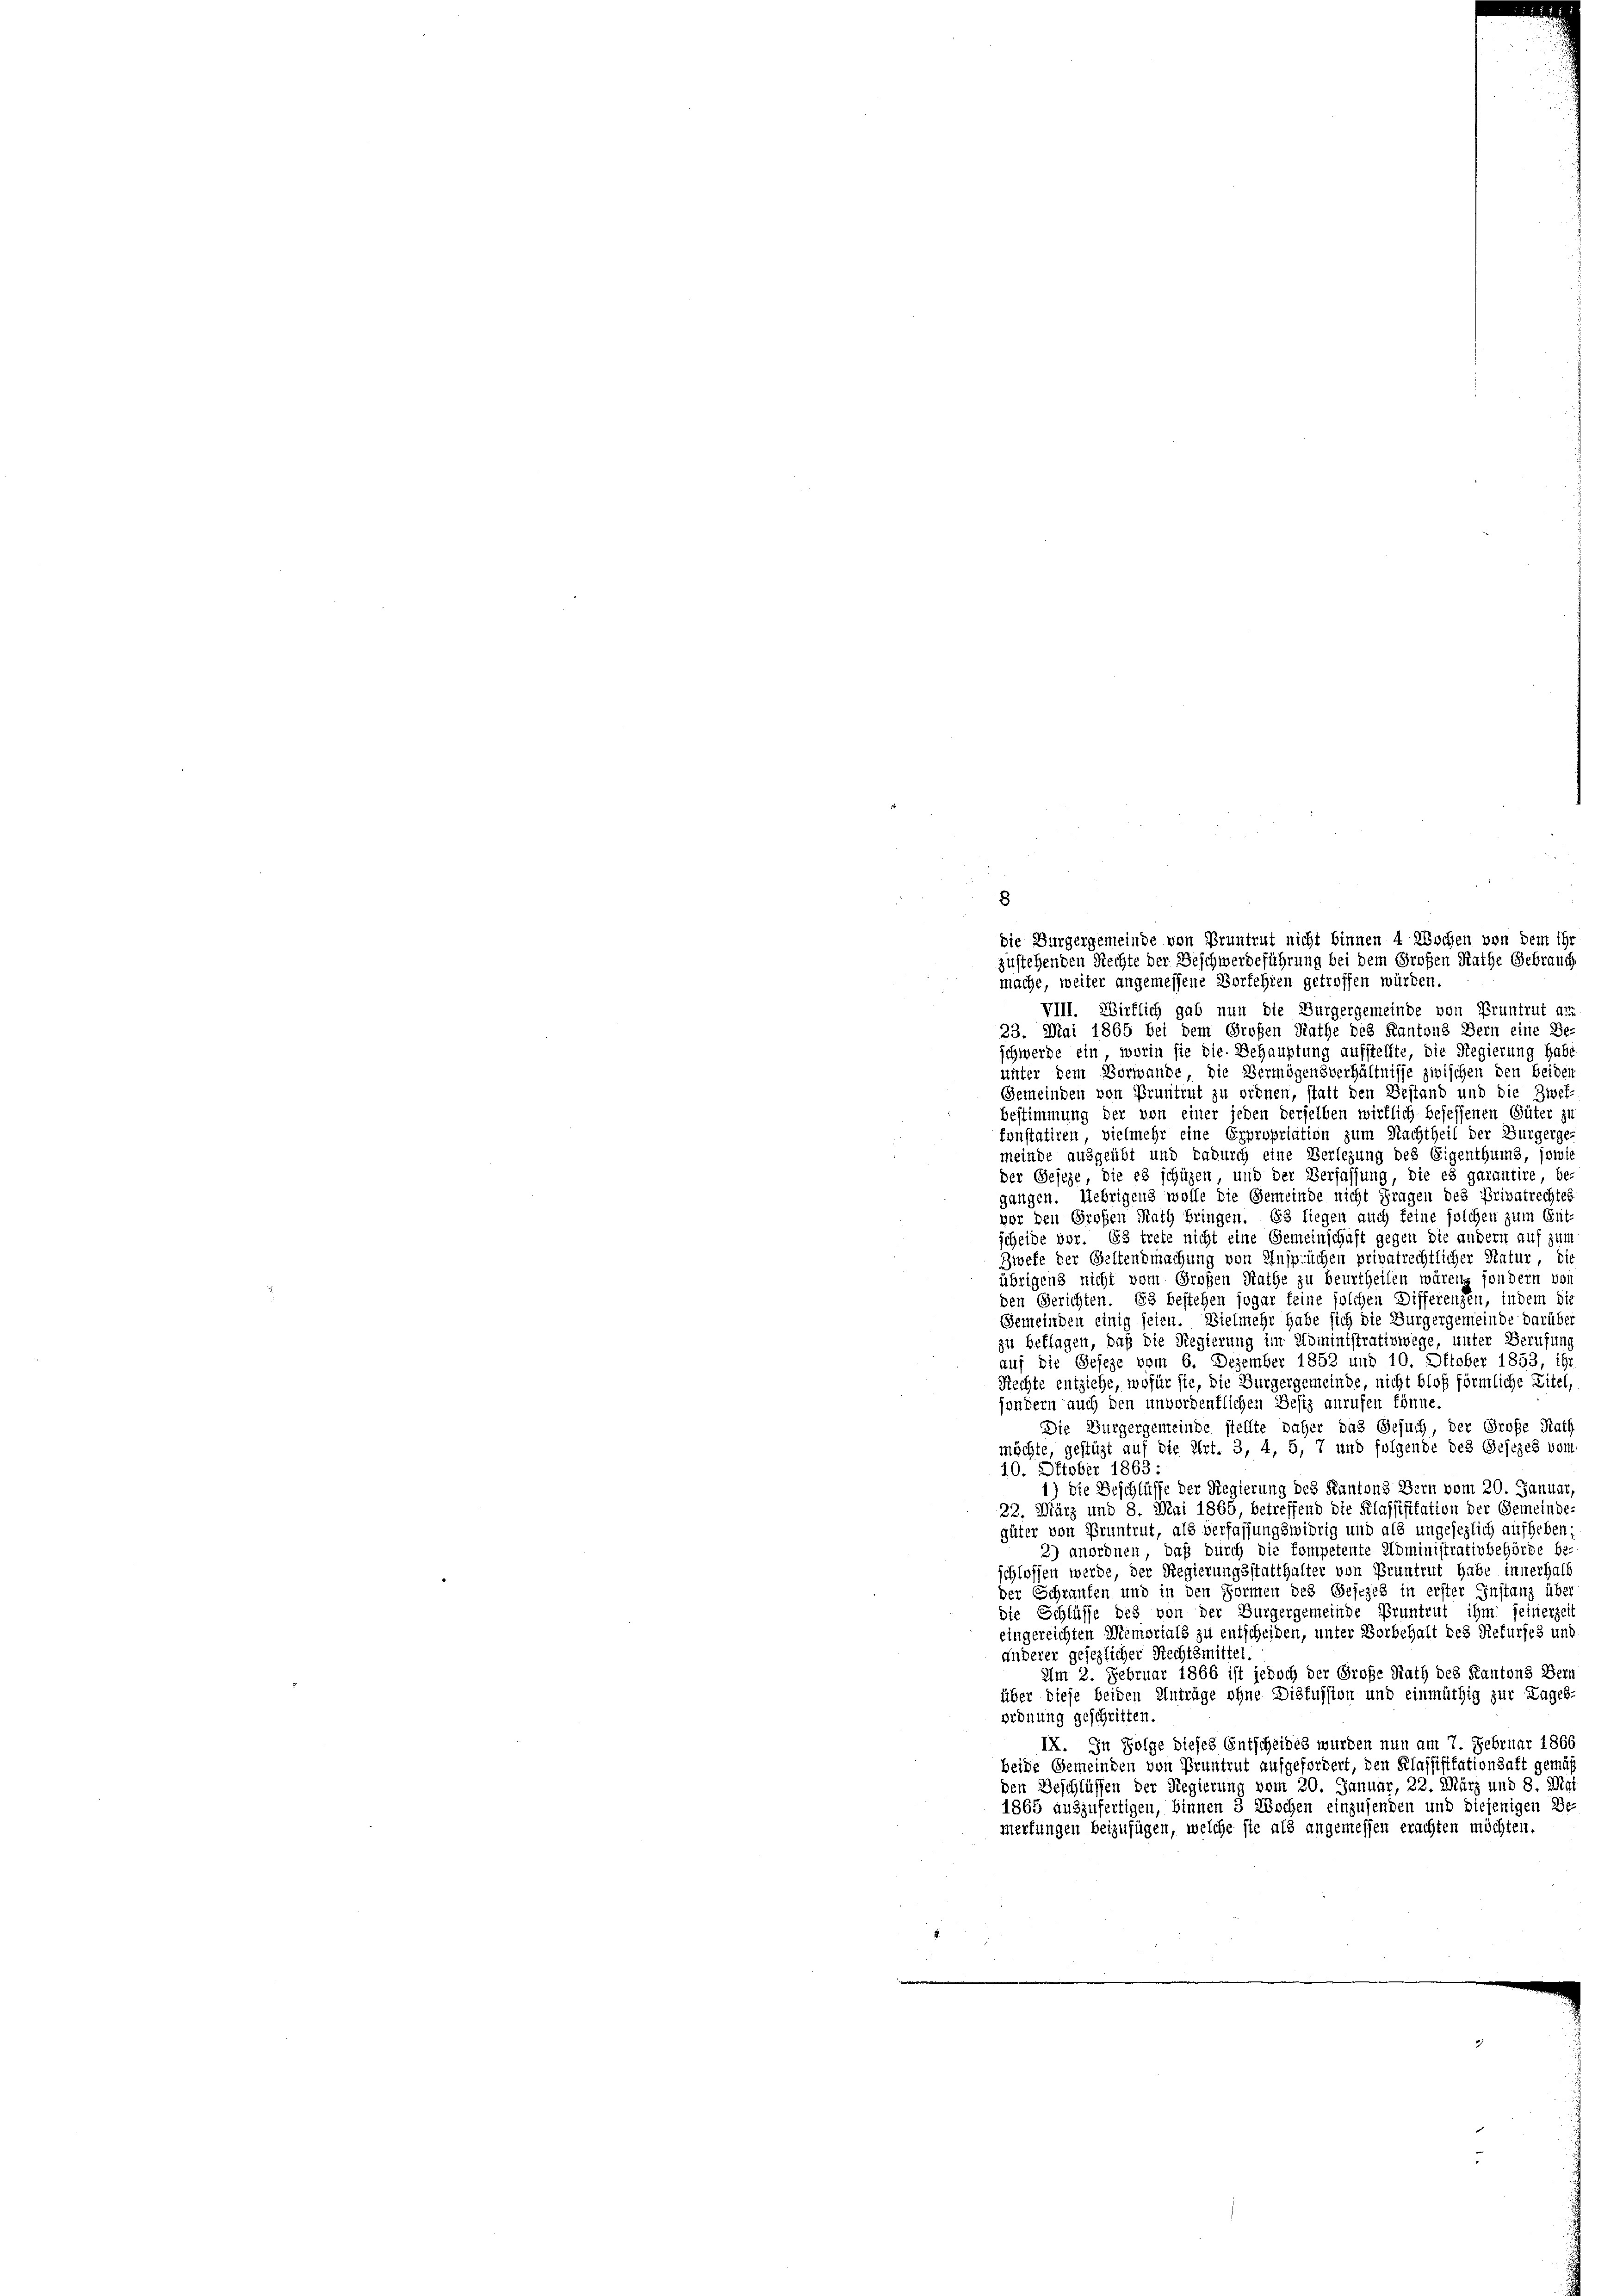
8

die Burgergemeinde von Pruntrut nicht binnen 4 Wochen von dem ihr
zustehenden Rechte der Beschwerdeführung bei dem Großen Rathe Gebrauch
mache, weiter angemessene Vorfehren getroffen würden.
VIII. Wirklich gab nun die Burgergemeinde von Pruntrut am
23. Mai 1865 bei dem Großen Rathe des Kantons Bern eine Be-
schwerde ein, worin sie die Behauptung aufstellte, die Regierung habe
unter dem Vorwande, die Vermögensverhältnisse zwischen den beiden
Gemeinden von Pruntrut zu ordnen, statt den Bestand und die Zwef-
bestimmung der von einer jeden derselben wirklich besessenen Güter zu
konstatiren, vielmehr eine Erpropriation zum Nachtheil der Burgerge-
meinde ausgeübt und dadurch eine Verlegung des Eigenthums, sowie
der Geseze, die es schüzen und der Verfassung, die es garantire, be-
gangen. Uebrigens wolle die Gemeinde nicht Fragen des Privatrechtes
vor den Großen Rath bringen. Es liegen auch feine solchen zum Gut-
scheide vor. Es trete nicht eine Gemeinschaft gegen die andern auf zum
Zwefe der Geltendmachung von Ansprüchen privatrechtlicher Natur, die
übrigens nicht vom Großen Rathe zu beurtheilen wären, sondern von
den Gerichten. 83 bestehen sogar feine solchen Differenzen, indem die
Gemeinden einig seien. Vielmehr habe sich die Burgergemeinde darüber
zu beklagen, daß die Regierung im Noministrativwege, unter Berufung
auf die Geseze vom 6. Dezember 1852 und 10. Oktober 1853, ihr
Rechte entziehe, wofür sie, die Burgergemeinde, nicht bloß förmliche Eitel,
sondern auch den unvordentlichen Besiz anrufen könne.
Die Burgergemeinde stellte daher das Gesuch, der Große Rath
möchte, gestützt auf die Art. 3, 4, 5, 7 und folgende des Gesezes vom
10. Oktober 1863 :
die Beschlüsse der Regierung des Kantons Bern vom 20. Januar,
22. März und 8. Mai 1865, betreffend die Klassifikation der Gemeinde-
güter von Pruntrut, als verfassungswidrig und als ungesezlich aufheben
2) anordnen, daß durch die kompetente Administrativbehörde be-
schlossen werde, der Regierungsstatthalter von Pruntrut habe innerhalb
der Schranken und in den Formen des Gesezes in erster Instanz über
die Schlüsse des von der Burgergemeinde Pruntrut ihm seinerzeit
eingereichten Memorials zu entscheiden, unter Vorbehalt des Rekurses und
anderer gesezlicher Rechtsmittel.
Am 2. Februar 1866 ist jedoch der Große Rath des Kantons Bern
über diese beiden Anträge ohne Diskussion und einmüthig zur Tages-
ordnung geschritten.
IX. In Folge dieses Entscheides wurden nun am 7. Februar 1866
beide Gemeinden von Pruntrut aufgefordert, den Klassifikationsaft gemäß
den Beschlüssen der Regierung vom 20. Januar, 22. März und 8. Mai
1865 auszufertigen, binnen 3 Wochen einzusenden und diejenigen Be-
merfungen beizufügen, welche sie als angemessen erachten möchten.
e

2)